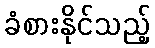
ခံစားနိုင်သည့်